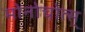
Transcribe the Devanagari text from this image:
मोनोचोत्स्